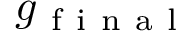
g _ { \mathrm { ~ f ~ i ~ n ~ a ~ l ~ } }